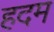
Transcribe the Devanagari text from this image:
हदम